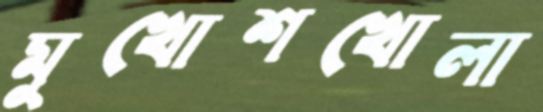
মুখোশখোলা